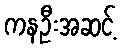
ကနဦးအဆင့်